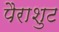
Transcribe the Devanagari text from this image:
पैराशुट